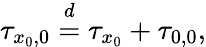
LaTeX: \tau_{x_{0},0}\stackrel{d}{=}\tau_{x_{0}}+\tau_{0,0},